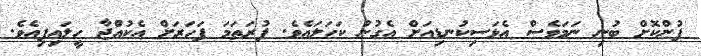
ފުންކޮށް ބުނި ނަމަވެސް އެޅަސިކުނޑިއަށް އެގުނު ކަހަލައެވެ. ފުރަތަމަ ފަހަރަށް އެކުއްޖާ ހީލައިފިއެވެ.